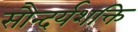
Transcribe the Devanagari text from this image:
सौन्दर्यशक्ति